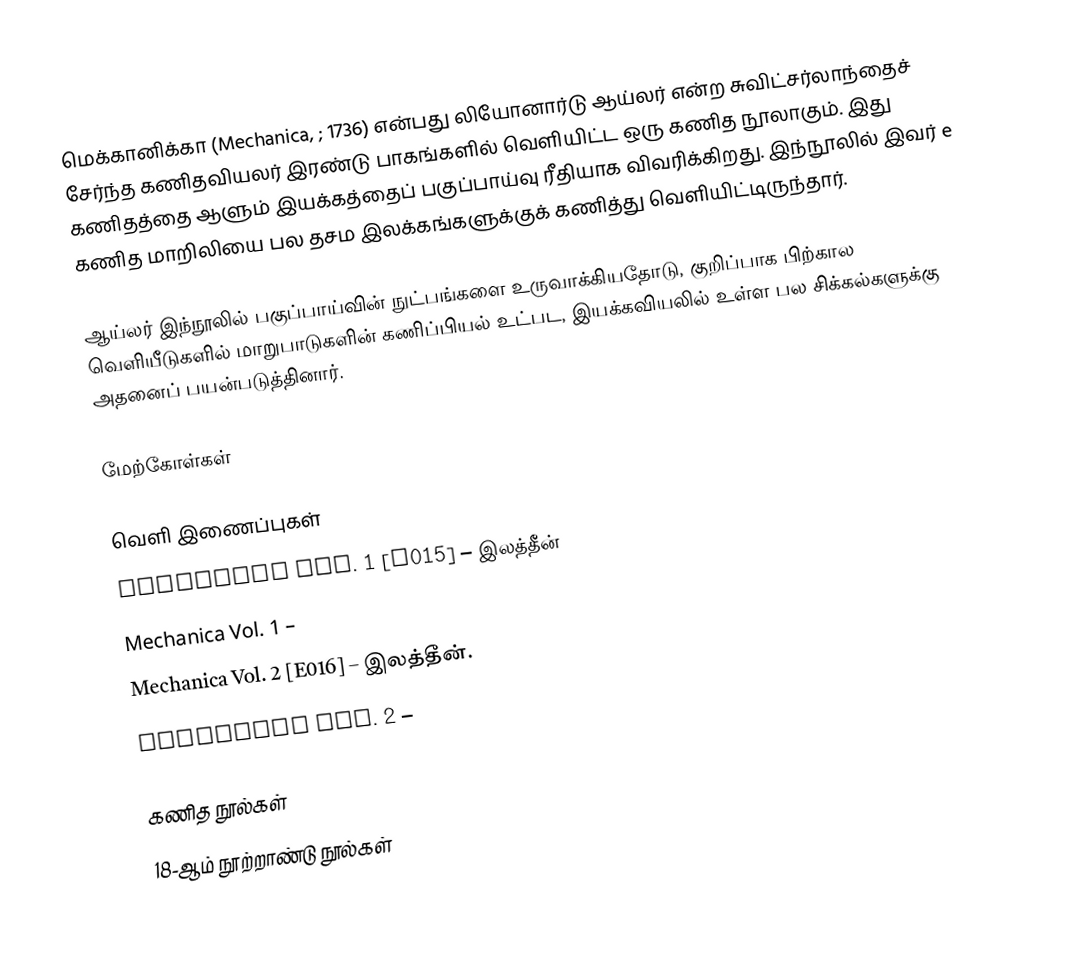
மெக்கானிக்கா (Mechanica, ; 1736) என்பது லியோனார்டு ஆய்லர் என்ற சுவிட்சர்லாந்தைச் சேர்ந்த கணிதவியலர் இரண்டு பாகங்களில் வெளியிட்ட ஒரு கணித நூலாகும். இது கணிதத்தை ஆளும் இயக்கத்தைப் பகுப்பாய்வு ரீதியாக விவரிக்கிறது. இந்நூலில் இவர் e கணித மாறிலியை பல தசம இலக்கங்களுக்குக் கணித்து வெளியிட்டிருந்தார்.

ஆய்லர் இந்நூலில் பகுப்பாய்வின் நுட்பங்களை உருவாக்கியதோடு, குறிப்பாக பிற்கால வெளியீடுகளில் மாறுபாடுகளின் கணிப்பியல் உட்பட, இயக்கவியலில் உள்ள பல சிக்கல்களுக்கு அதனைப் பயன்படுத்தினார்.

மேற்கோள்கள்

வெளி இணைப்புகள்
 Mechanica Vol. 1 [E015] – இலத்தீன்
 Mechanica Vol. 1 –
 Mechanica Vol. 2 [E016] – இலத்தீன்.
 Mechanica Vol. 2 –

கணித நூல்கள்
18-ஆம் நூற்றாண்டு நூல்கள்